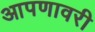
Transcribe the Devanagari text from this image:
आपणावरी